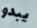
يبدو